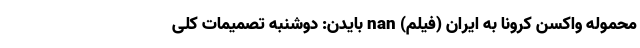
محموله واکسن کرونا به ایران (فیلم) nan بایدن: دوشنبه تصمیمات کلی